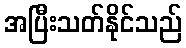
အပြီးသတ်နိုင်သည်